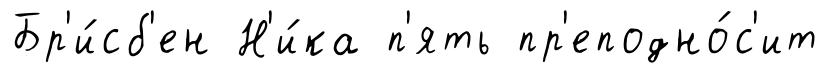
Бр'и́сб'ен Н'и́ка п'ять пр'еподно́с'ит